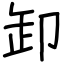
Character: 卸